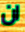
ان